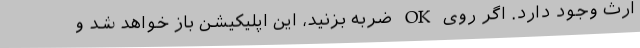
ارث وجود دارد. اگر روی OK ضربه بزنید، این اپلیکیشن باز خواهد شد و